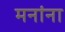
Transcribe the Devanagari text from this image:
मनांना